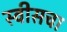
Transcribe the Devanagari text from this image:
स्वीसचा